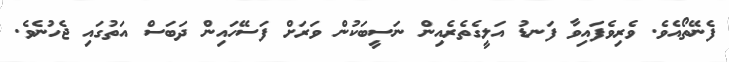
ފެނޭތޯއެވެ. ވެރިވެފައިވާ ފަނޑު އަލީގެތެރެއިން ނަސީބަކުން ވަރަށް ފަސޭހައިން ދަބަސް އަތުގައި ޖެހުނެވެ.